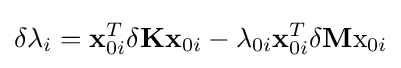
\delta \lambda _{i}=\mathbf {x} _{0i}^{T}\delta \mathbf {K} \mathbf {x} _{0i}-\lambda _{0i}\mathbf {x} _{0i}^{T}\delta \mathbf {M} \mathrm {x} _{0i}